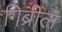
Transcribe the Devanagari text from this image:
गिब्रील